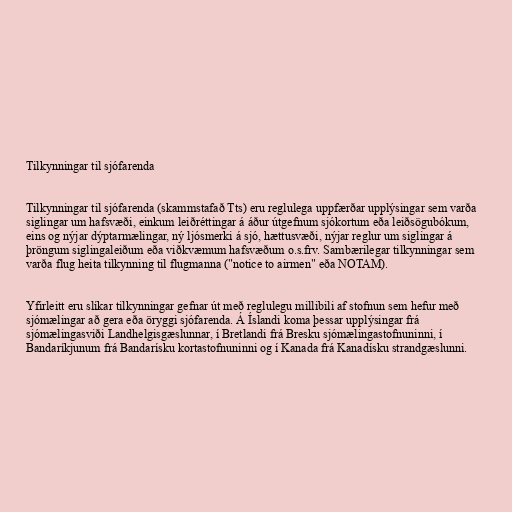
Tilkynningar til sjófarenda

Tilkynningar til sjófarenda (skammstafað Tts) eru reglulega uppfærðar upplýsingar sem varða
siglingar um hafsvæði, einkum leiðréttingar á áður útgefnum sjókortum eða leiðsögubókum,
eins og nýjar dýptarmælingar, ný ljósmerki á sjó, hættusvæði, nýjar reglur um siglingar á
þröngum siglingaleiðum eða viðkvæmum hafsvæðum o.s.frv. Sambærilegar tilkynningar sem
varða flug heita tilkynning til flugmanna ("notice to airmen" eða NOTAM).

Yfirleitt eru slíkar tilkynningar gefnar út með reglulegu millibili af stofnun sem hefur með
sjómælingar að gera eða öryggi sjófarenda. Á Íslandi koma þessar upplýsingar frá
sjómælingasviði Landhelgisgæslunnar, í Bretlandi frá Bresku sjómælingastofnuninni, í
Bandaríkjunum frá Bandarísku kortastofnuninni og í Kanada frá Kanadísku strandgæslunni.